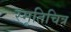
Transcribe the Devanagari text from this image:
स्मृतिचित्र